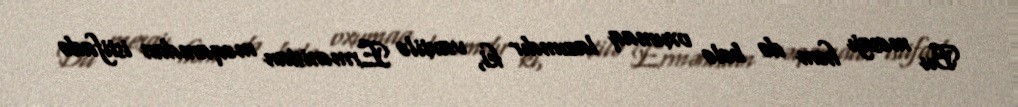
Bu mesajı həm də belə oxumaq lazımdır ki, vaxtilə Ermənistan məqamdan istifadə